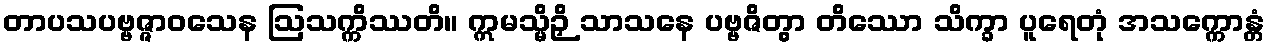
တာပသပဗ္ဗဇ္ဇာဝသေန ဩသက္ကိဿတိ။ ဣမသ္မိဉှိ သာသနေ ပဗ္ဗဇိတွာ တိဿော သိက္ခာ ပူရေတုံ အသက္ကောန္တံ